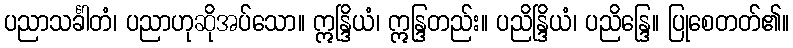
ပညာသင်္ခါတံ၊ ပညာဟုဆိုအပ်သော။ ဣန္ဒြိယံ၊ ဣန္ဒြတည်း။ ပညိန္ဒြိယံ၊ ပညိန္ဒြေ။ ပြုစေတတ်၏။